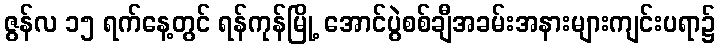
ဇွန်လ ၁၅ ရက်နေ့တွင် ရန်ကုန်မြို့ အောင်ပွဲစစ်ချီအခမ်းအနားများကျင်းပရာ၌